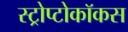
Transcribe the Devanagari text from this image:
स्ट्रोप्टोकॉकस